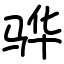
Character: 骅